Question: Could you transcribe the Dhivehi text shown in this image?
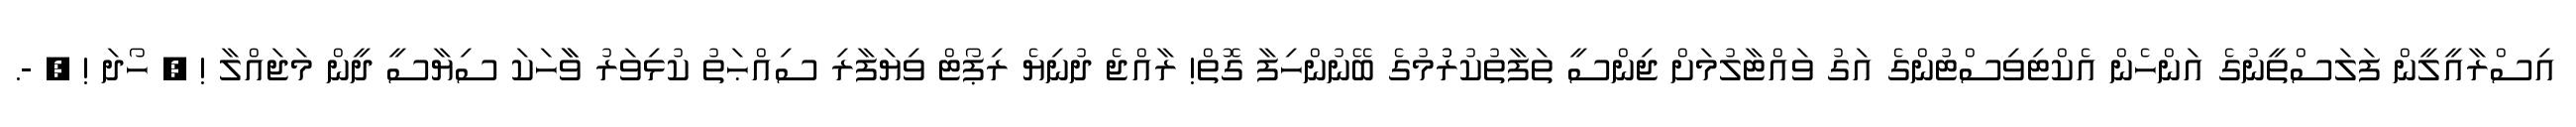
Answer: އިސްރާއީލީން ފަލަސްތީނުގެ އަންހެން އެކްޓިވިސްޓުންގެ އަގު ވައްޓާލުމަށް ޖިންސީ ތަފާތުކުރުުމުގެ ބޭނުންހިފާ ގޮތް! ރާއްޖެ ދުނިޔެ ރިޕޯޓް ވިޔަފާރި ސިއްޙަތު ކުޅިވަރު ވާާހަކަ ސިޔާސީ ދީން މަޖައްލާ ! ? ހޯދަ ! ? -.